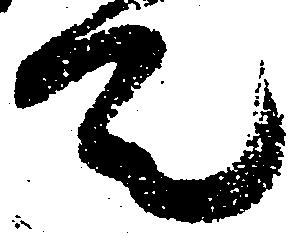
足